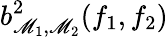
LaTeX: b_{\mathscr{M}_{1},\mathscr{M}_{2}}^{2}(f_{1},f_{2})